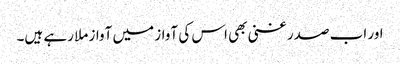
اور اب صدر غنی بھی اس کی آواز میں آواز ملا رہے ہیں۔